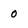
Character: o